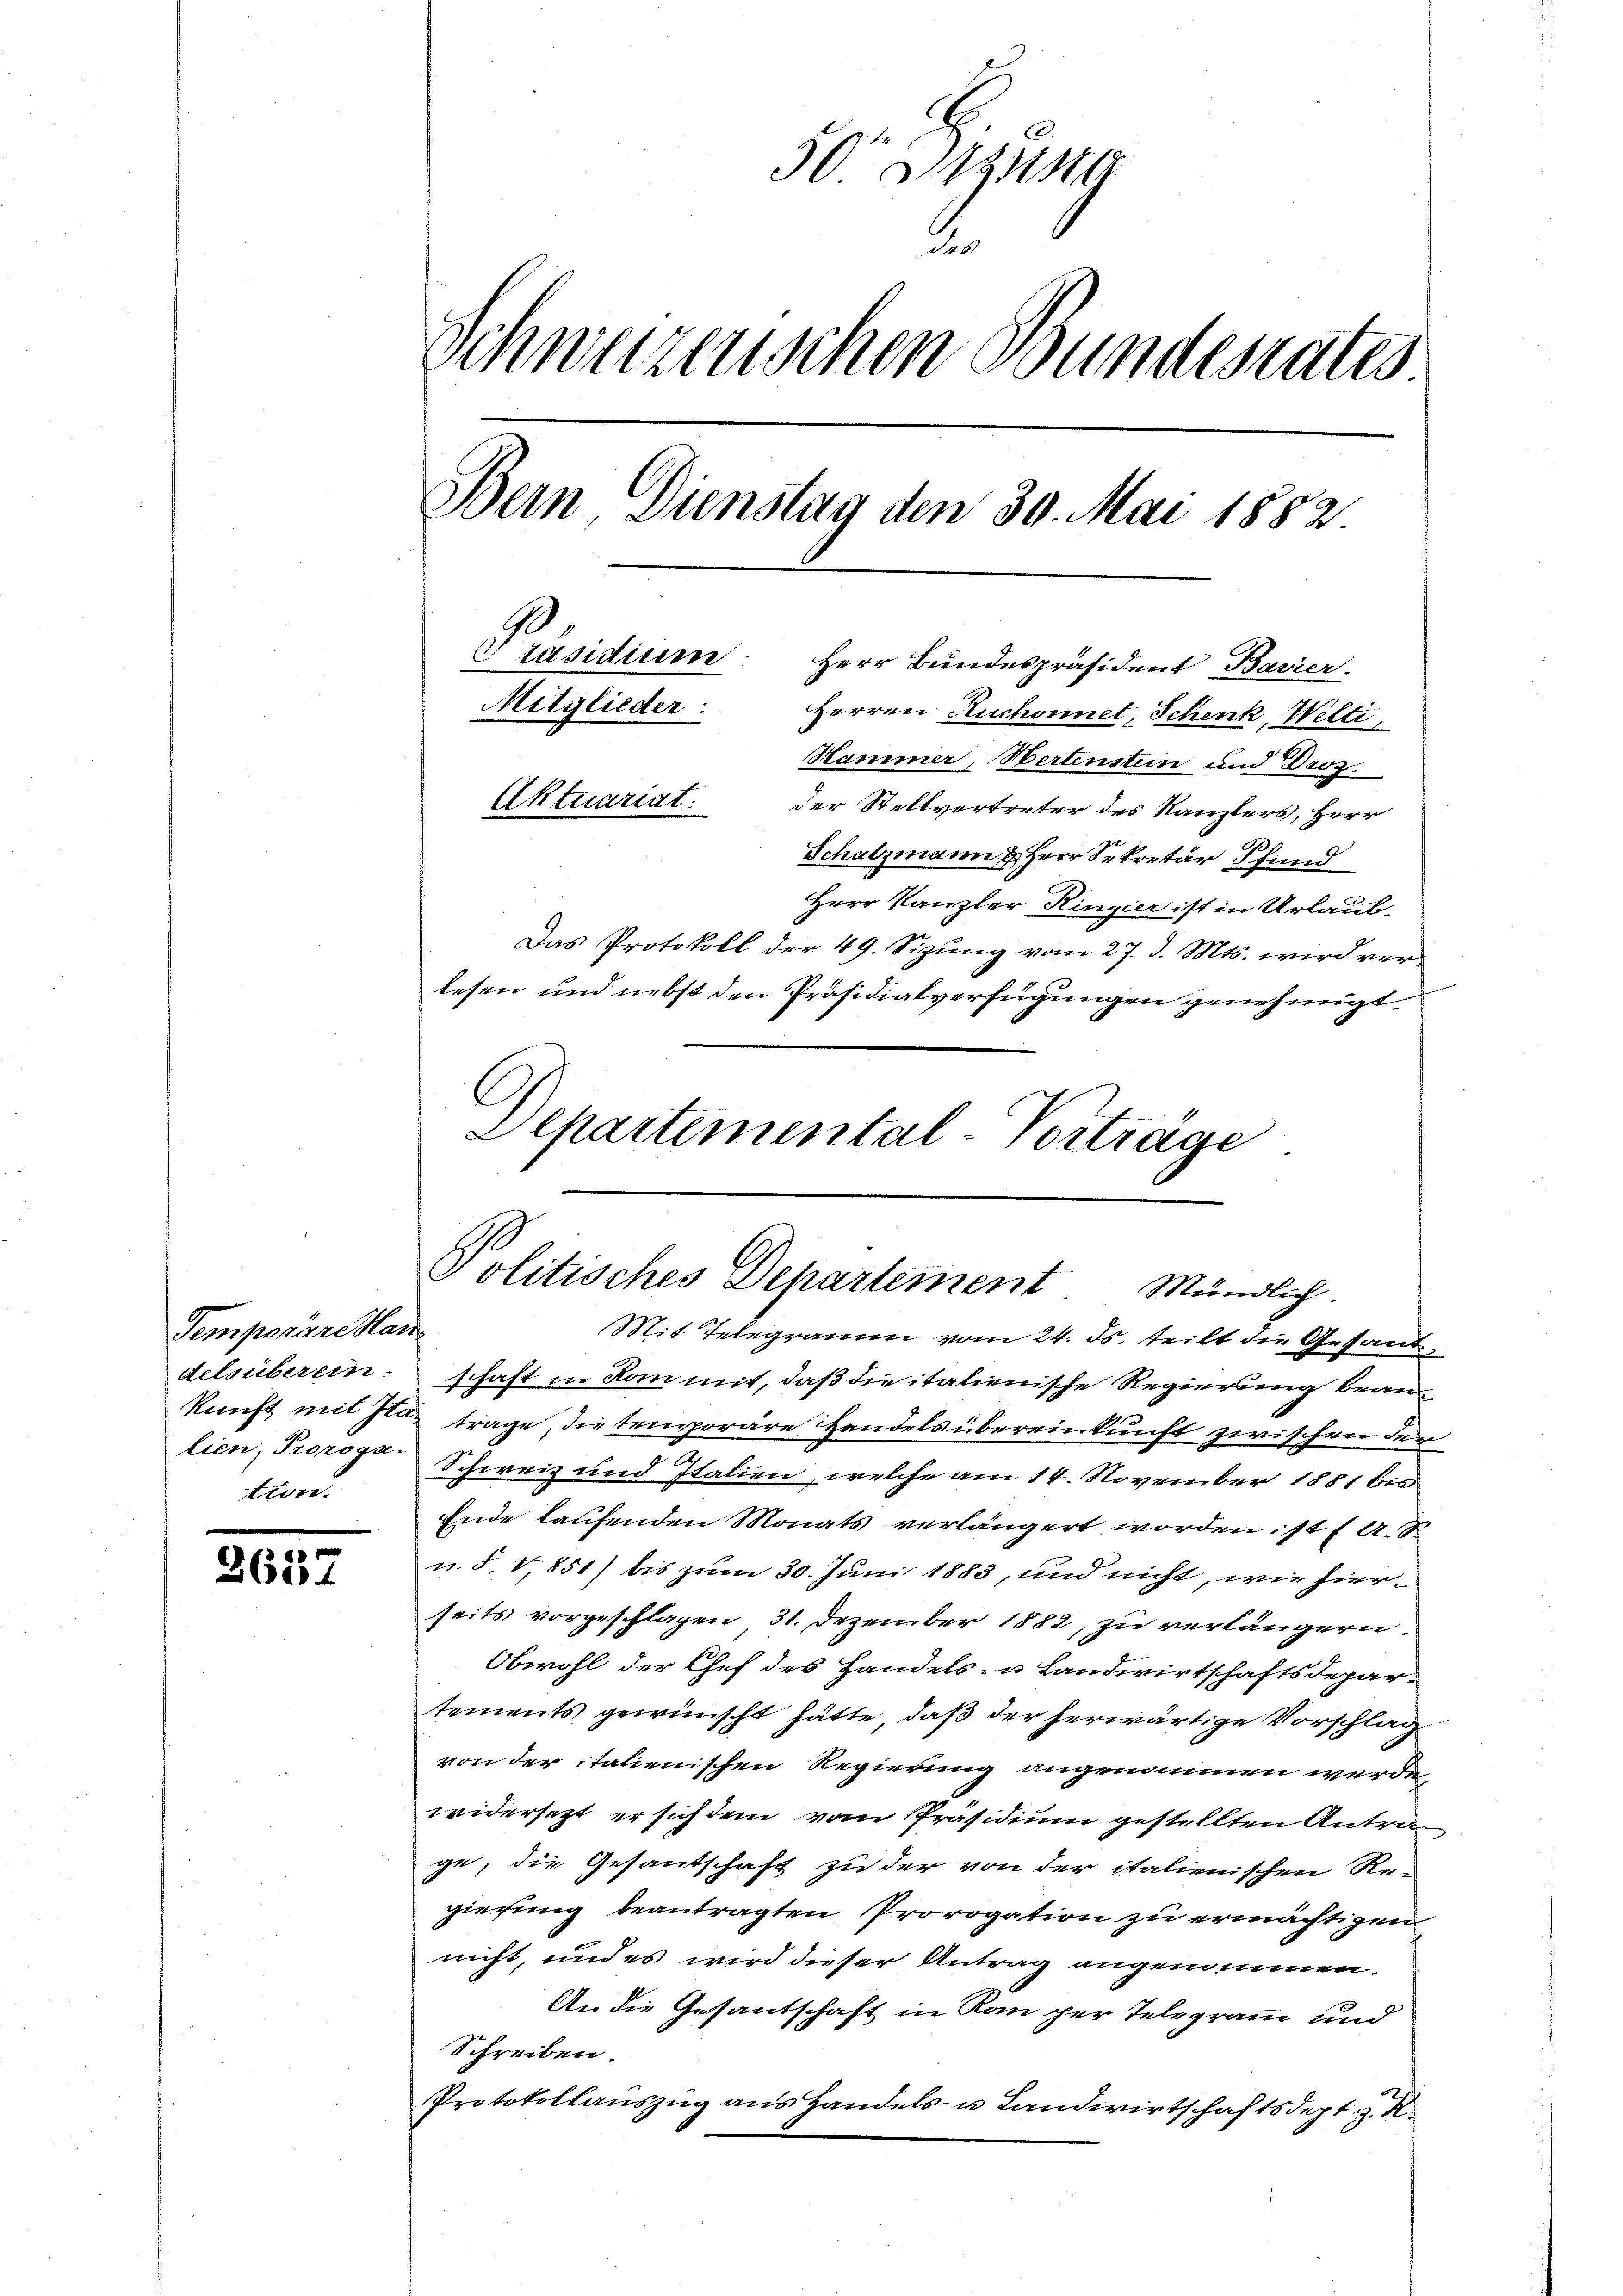
Temporäre an
tion.

2637

50r 21114
.
Schweizerischen Bundesrates
Bern Dienstag den 30. Mai 1882
Präsidium
Herr Bundespräsident Bavier.
Mitglieder:
Herren Ruchonnet, Schenk, Witti
Hammer, Hertenstein und Droz.
Aktuariat
der Stellvertreter des Kanzlers, Herr
9
Schatzmann & Herr Sekretär 3 fund
Herr Kanzler Ringier ist in Urlaub¬

Das Protokoll der 49. Sizung vom 27. d. Mts. wird verlesen und nebst den Präsidialverfügungen genehmigt
Departemental-Vorträge

Politisches Departement Mündlich.

Mit Telegramm vom 24. ds. teilt die Gesanddelsüberein schaft in Rom mit, daß die italienische Regierung beankunft mit Ita trage, die temporäre Handels übereinkunft zwischen der
lien, Proroga. Schweiz und Italien, welche am 14. November 1881 bis
Ende laufenden Monats verlängert worden: 14 ( A. S.
u. S. V,851) bis zum 30. Juni 1883, und nicht, wie hierseits vorgeschlagen 31. Dezember 1882, zu verlängern.
Obwohl der Chef des Handels- u Landwirtschaftsdepar-
tements gewünscht hätte, daß der herwärtige Vorschlag
von der italienischen Regierung angenommen werde,
widersetzt er sich dem vom Präsidium gestellten Antrage, die Gesantschaft zu der von der italienischen Regierung beantragten Prorogation zu ermächtigen
nicht, und es wird dieser Antrag angenommen.
An die Gesantschaft in Ran per Telegramm und
Schreiben.
Protokollauszug aus Handels- u Landwirtschaftsdept. R